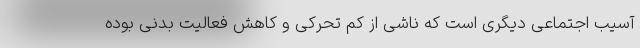
آسیب اجتماعی دیگری است که ناشی از کم تحرکی و کاهش فعالیت بدنی بوده